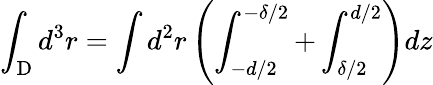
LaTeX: \int_{\mathrm{D}}d^{3}r=\int d^{2}r\left(\int_{-d/2}^{-\delta/2}+\int_{\delta/2}^{d/2}\right)dz